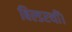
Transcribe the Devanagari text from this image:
बिल्डरथीं।